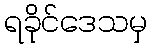
ရခိုင်ဒေသမှ